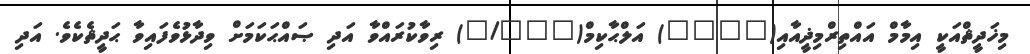
މިޚަދީޘްއަކީ އިމާމް އައްތިރްމިޛީއާއި(٣٥١٣) އަލްޙާކިމް(١/٥٣۰) ރިވާކުރައްވާ އަދި ޞައްޙަކަމަށް ވިދާޅުވެފައިވާ ޙަދީޘެކެވެ. އަދި